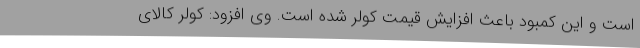
است و این کمبود باعث افزایش قیمت کولر شده است. وی افزود: کولر کالای